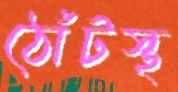
ঠোঁটস্থ